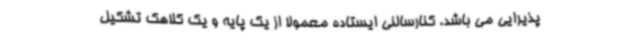
پذیرایی می باشد. کنارسالنی ایستاده معمولا از یک پایه و یک کلاهک تشکیل